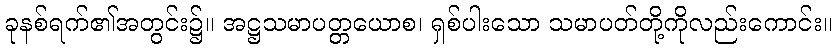
ခုနစ်ရက်၏အတွင်း၌။ အဋ္ဌသမာပတ္တယောစ၊ ရှစ်ပါးသော သမာပတ်တို့ကိုလည်းကောင်း။